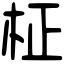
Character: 柾